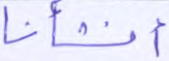
أنشأنا